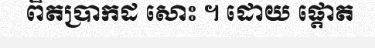
ពិតប្រាកដ សោះ ។ ដោយ ផ្តោត